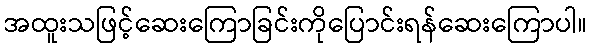
အထူးသဖြင့်ဆေးကြောခြင်းကိုပြောင်းရန်ဆေးကြောပါ။